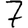
Digit: 7